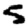
Digit: 5